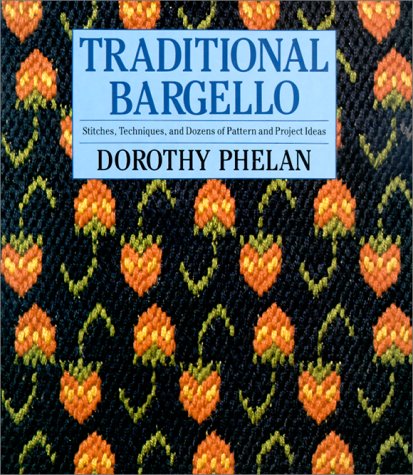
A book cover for Traditional Bargello: Stitches, Techniques, and Dozens of Pattern and Project Ideas; Dorothy Phelan; Crafts, Hobbies & Home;